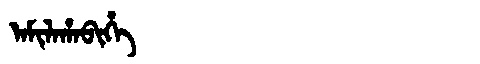
Manchu: ᠠᠮᡳᠯᠠᡥᠠᠪᡳᡥᡝ
Romanization: AMILAHABIHE